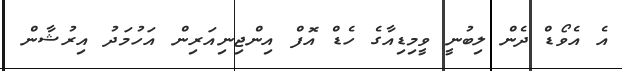
އެ އެވޯޑް ދެން ލިބުނީ ވީމިޑިއާގެ ހެޑް އޮފް އިންޖިނިއަރިން އަހުމަދު އިރުޝާން